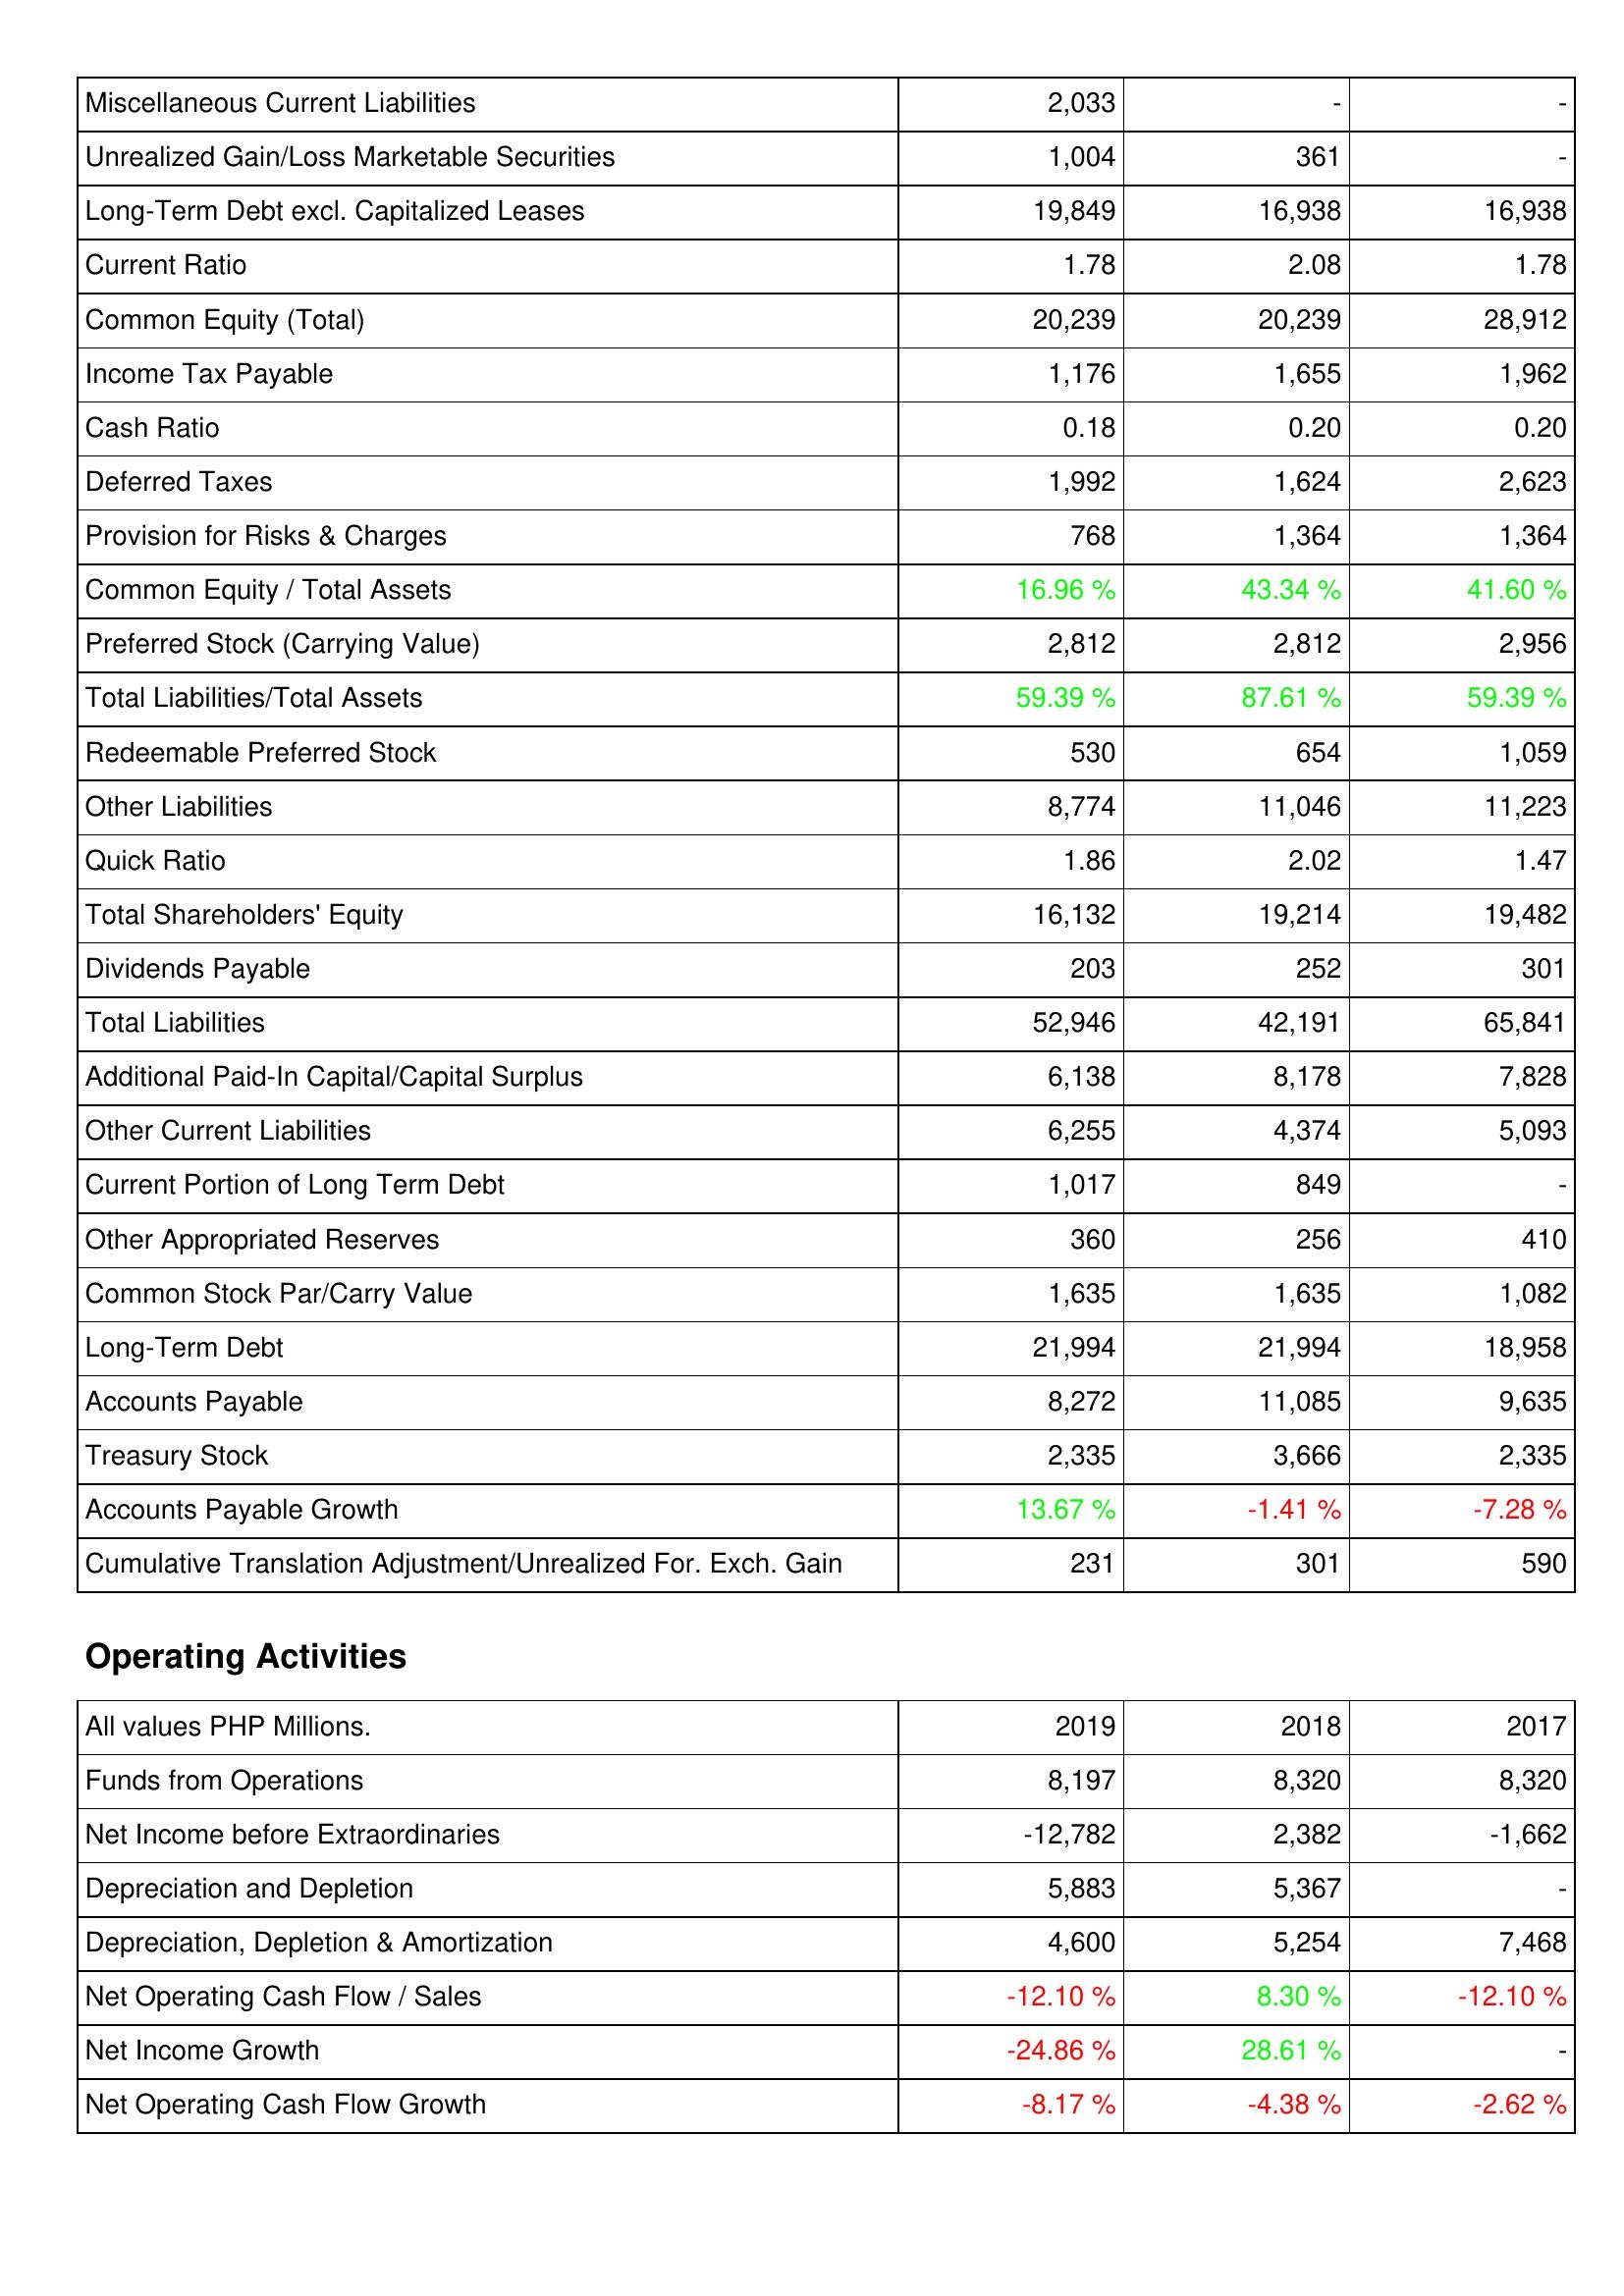
2019: Liabilities & Shareholders' Equity: Miscellaneous Current Liabilities: 2,033
Unrealized Gain/Loss Marketable Securities: 1,004
Long-Term Debt excl. Capitalized Leases: 19,849
Current Ratio: 1.78
Common Equity (Total): 20,239
Income Tax Payable: 1,176
Cash Ratio: 0.18
Deferred Taxes: 1,992
Provision for Risks & Charges: 768
Common Equity / Total Assets: 16.96 %
Preferred Stock (Carrying Value): 2,812
Total Liabilities/Total Assets: 59.39 %
Redeemable Preferred Stock: 530
Other Liabilities: 8,774
Quick Ratio: 1.86
Total Shareholders' Equity: 16,132
Dividends Payable: 203
Total Liabilities: 52,946
Additional Paid-In Capital/Capital Surplus: 6,138
Other Current Liabilities: 6,255
Current Portion of Long Term Debt: 1,017
Other Appropriated Reserves: 360
Common Stock Par/Carry Value: 1,635
Long-Term Debt: 21,994
Accounts Payable: 8,272
Treasury Stock: 2,335
Accounts Payable Growth: 13.67 %
Cumulative Translation Adjustment/Unrealized For. Exch. Gain: 231
Operating Activities: Funds from Operations: 8,197
Net Income before Extraordinaries: -12,782
Depreciation and Depletion: 5,883
Depreciation, Depletion & Amortization: 4,600
Net Operating Cash Flow / Sales: -12.10 %
Net Income Growth: -24.86 %
Net Operating Cash Flow Growth: -8.17 %
2018: Liabilities & Shareholders' Equity: Miscellaneous Current Liabilities: -
Unrealized Gain/Loss Marketable Securities: 361
Long-Term Debt excl. Capitalized Leases: 16,938
Current Ratio: 2.08
Common Equity (Total): 20,239
Income Tax Payable: 1,655
Cash Ratio: 0.20
Deferred Taxes: 1,624
Provision for Risks & Charges: 1,364
Common Equity / Total Assets: 43.34 %
Preferred Stock (Carrying Value): 2,812
Total Liabilities/Total Assets: 87.61 %
Redeemable Preferred Stock: 654
Other Liabilities: 11,046
Quick Ratio: 2.02
Total Shareholders' Equity: 19,214
Dividends Payable: 252
Total Liabilities: 42,191
Additional Paid-In Capital/Capital Surplus: 8,178
Other Current Liabilities: 4,374
Current Portion of Long Term Debt: 849
Other Appropriated Reserves: 256
Common Stock Par/Carry Value: 1,635
Long-Term Debt: 21,994
Accounts Payable: 11,085
Treasury Stock: 3,666
Accounts Payable Growth: -1.41 %
Cumulative Translation Adjustment/Unrealized For. Exch. Gain: 301
Operating Activities: Funds from Operations: 8,320
Net Income before Extraordinaries: 2,382
Depreciation and Depletion: 5,367
Depreciation, Depletion & Amortization: 5,254
Net Operating Cash Flow / Sales: 8.30 %
Net Income Growth: 28.61 %
Net Operating Cash Flow Growth: -4.38 %
2017: Liabilities & Shareholders' Equity: Miscellaneous Current Liabilities: -
Unrealized Gain/Loss Marketable Securities: -
Long-Term Debt excl. Capitalized Leases: 16,938
Current Ratio: 1.78
Common Equity (Total): 28,912
Income Tax Payable: 1,962
Cash Ratio: 0.20
Deferred Taxes: 2,623
Provision for Risks & Charges: 1,364
Common Equity / Total Assets: 41.60 %
Preferred Stock (Carrying Value): 2,956
Total Liabilities/Total Assets: 59.39 %
Redeemable Preferred Stock: 1,059
Other Liabilities: 11,223
Quick Ratio: 1.47
Total Shareholders' Equity: 19,482
Dividends Payable: 301
Total Liabilities: 65,841
Additional Paid-In Capital/Capital Surplus: 7,828
Other Current Liabilities: 5,093
Current Portion of Long Term Debt: -
Other Appropriated Reserves: 410
Common Stock Par/Carry Value: 1,082
Long-Term Debt: 18,958
Accounts Payable: 9,635
Treasury Stock: 2,335
Accounts Payable Growth: -7.28 %
Cumulative Translation Adjustment/Unrealized For. Exch. Gain: 590
Operating Activities: Funds from Operations: 8,320
Net Income before Extraordinaries: -1,662
Depreciation and Depletion: -
Depreciation, Depletion & Amortization: 7,468
Net Operating Cash Flow / Sales: -12.10 %
Net Income Growth: -
Net Operating Cash Flow Growth: -2.62 %